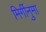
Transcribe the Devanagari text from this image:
मिर्गीनुमा